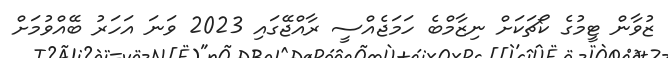
ޒުވާން ޓީމުގެ ކޯޗަކަށް ނިޒާމްބެ ހަމަޖެއްސީ ރާއްޖޭގައި 2023 ވަނަ އަހަރު ބޭއްވުމަށް